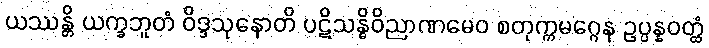
ယဿန္တိ ယက္ခဘူတံ ဝိဒ္ဒသုနောတိ ပဋိသန္ဓိဝိညာဏမေဝ စတုက္ကမဂ္ဂေန ဥပ္ပန္နဝတ္ထံ